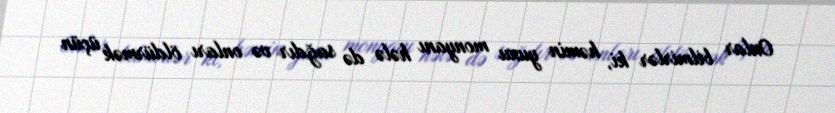
Onlar bilmirlər ki, həmin yuxu monyanı hələ də sağdır və onları öldürmək üçün